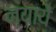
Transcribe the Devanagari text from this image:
न्यायें